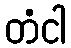
တံငါ